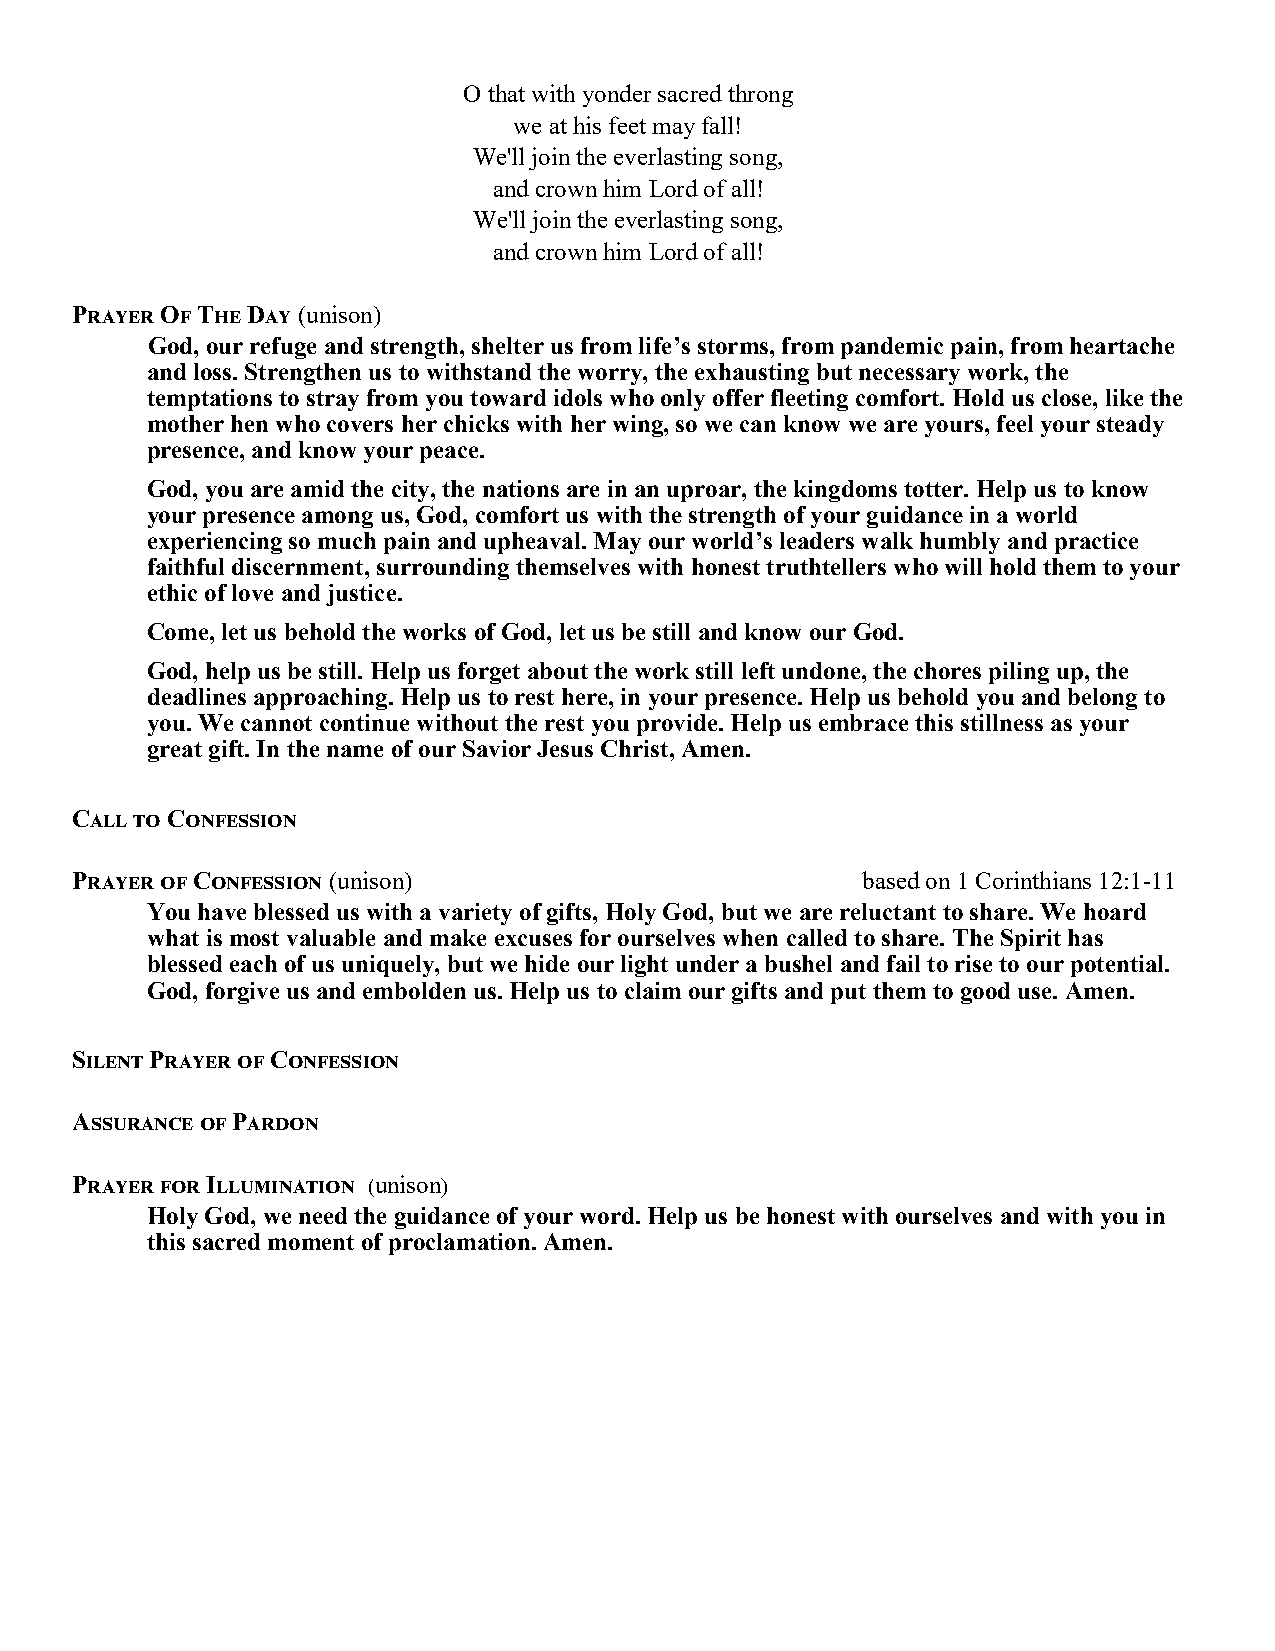
O that with yonder sacred throng
 we at his feet may fall!
 We'll join the everlasting song,
 and crown him Lord of all!
 We'll join the everlasting song,
 and crown him Lord of all!
 Prayer Of The Day (unison)
 God, our refuge and strength, shelter us from life’s storms, from pandemic pain, from heartache
 and loss. Strengthen us to withstand the worry, the exhausting but necessary work, the
 temptations to stray from you toward idols who only offer fleeting comfort. Hold us close, like the
 mother hen who covers her chicks with her wing, so we can know we are yours, feel your steady
 presence, and know your peace.
 God, you are amid the city, the nations are in an uproar, the kingdoms totter. Help us to know
 your presence among us, God, comfort us with the strength of your guidance in a world
 experiencing so much pain and upheaval. May our world’s leaders walk humbly and practice
 faithful discernment, surrounding themselves with honest truthtellers who will hold them to your
 ethic of love and justice.
 Come, let us behold the works of God, let us be still and know our God.
 God, help us be still. Help us forget about the work still left undone, the chores piling up, the
 deadlines approaching. Help us to rest here, in your presence. Help us behold you and belong to
 you. We cannot continue without the rest you provide. Help us embrace this stillness as your
 great gift. In the name of our Savior Jesus Christ, Amen.
 Call to Confession
 Prayer of Confession (unison)                       based on 1 Corinthians 12:1-11
 You have blessed us with a variety of gifts, Holy God, but we are reluctant to share. We hoard
 what is most valuable and make excuses for ourselves when called to share. The Spirit has
 blessed each of us uniquely, but we hide our light under a bushel and fail to rise to our potential.
 God, forgive us and embolden us. Help us to claim our gifts and put them to good use. Amen.
 Silent Prayer of Confession
 Assurance of Pardon
 Prayer for Illumination (unison)
 Holy God, we need the guidance of your word. Help us be honest with ourselves and with you in
 this sacred moment of proclamation. Amen.